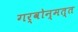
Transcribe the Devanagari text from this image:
गर्वोन्मत्त